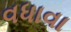
વધાવા